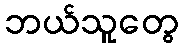
ဘယ်သူတွေ